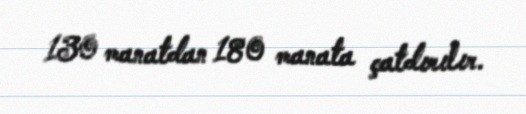
130 manatdan 180 manata çatdırılır.